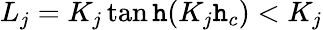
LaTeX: L_{j}=K_{j}\operatorname{tan\mathtt{h}}(K_{j}\mathtt{h}_{c})<K_{j}